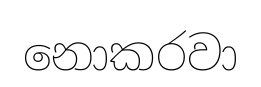
නොකරවා